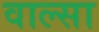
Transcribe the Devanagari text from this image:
वाल्सा